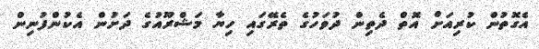
އެގޮތުން ކުރިއަށް އޮތް ދެތިން ދުވަހުގެ ތެރޭގައި ހިޔާ މަޝްރޫއުގެ ދަށުން އެކުންފުނިން